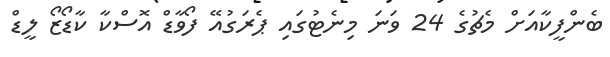
ބެންފީކާއަށް މެޗުގެ 24 ވަނަ މިނެޓުގައި ޕެރަގުއޭ ފޯވާޑް އޮސްކާ ކާޑޯޒޯ ލީޑް